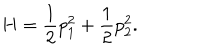
H = \frac { 1 } { 2 } p _ { 1 } ^ { 2 } + \frac { 1 } { 2 } p _ { 2 } ^ { 2 } .